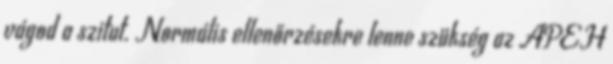
vágod a szitut. Normális ellenőrzésekre lenne szükség az APEH